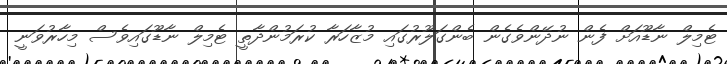
ޓެމިލް ނާޑޫއަށް ފެން ނުދޭންވެގެން ބެންގަލޫރުގައި މުޒާހަރާ ކުރަމުންދާތީ ޓެމިލް ނާޑޫގައިވެސް މިހާރުވަނީ